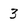
Character: 3